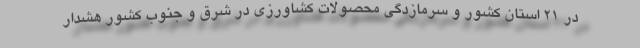
در ۲۱ استان کشور و سرمازدگی محصولات کشاورزی در شرق و جنوب کشور هشدار